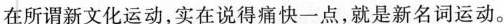
在所谓新文化运动，实在说得痛快一点，就是新名词运动。